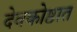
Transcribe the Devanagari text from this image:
देवकोष्ठात